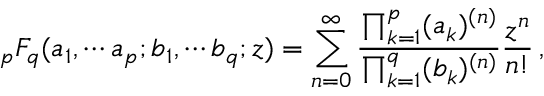
_ p F _ { q } ( a _ { 1 } , \cdots a _ { p } ; b _ { 1 } , \cdots b _ { q } ; z ) = \sum _ { n = 0 } ^ { \infty } \frac { \prod _ { k = 1 } ^ { p } ( a _ { k } ) ^ { ( n ) } } { \prod _ { k = 1 } ^ { q } ( b _ { k } ) ^ { ( n ) } } \frac { z ^ { n } } { n ! } \, ,